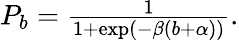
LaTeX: \begin{array}{r}{P_{b}=\frac{1}{1+\exp(-\beta(b+\alpha))}.}\end{array}